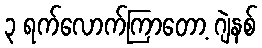
၃ ရက်လောက်ကြာတော့ ဂျဲနစ်